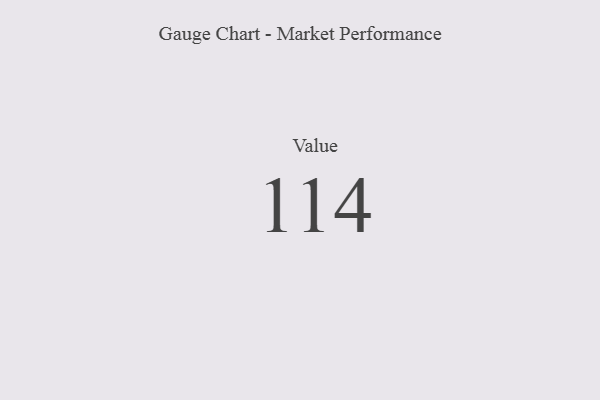
{"axis": {"x": "Metric", "y": "Value"}, "legend": [""], "data": [{"x": "Value", "y": 114, "type": ""}]}